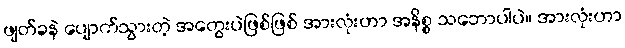
ဖျတ်ခနဲ ပျောက်သွားတဲ့ အတွေးပဲဖြစ်ဖြစ် အားလုံးဟာ အနိစ္စ သဘောပါပဲ။ အားလုံးဟာ